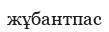
жұбантпас